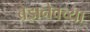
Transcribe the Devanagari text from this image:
ब्रेझनेवच्या